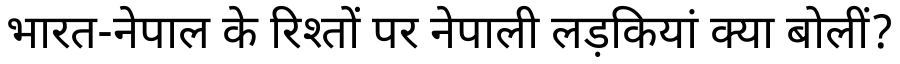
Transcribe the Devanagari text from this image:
भारत-नेपाल के रिश्तों पर नेपाली लड़कियां क्या बोलीं?